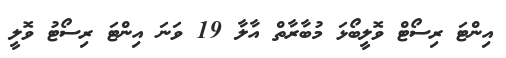
އިންޓަ ރިސޯޓް ވޮލީބޯޅަ މުބާރާތް އާލާ 19 ވަނަ އިންޓަ ރިސޯޓު ވޮލީ